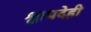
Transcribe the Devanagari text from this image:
श्वापदेही